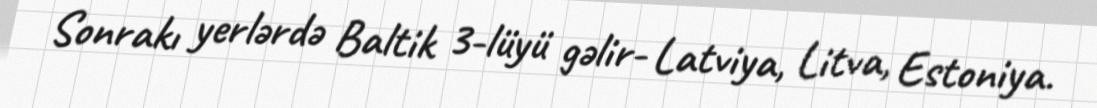
Sonrakı yerlərdə Baltik 3-lüyü gəlir- Latviya, Litva, Estoniya.